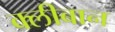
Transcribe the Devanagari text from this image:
क्लीबान